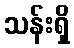
သန်းရှိ